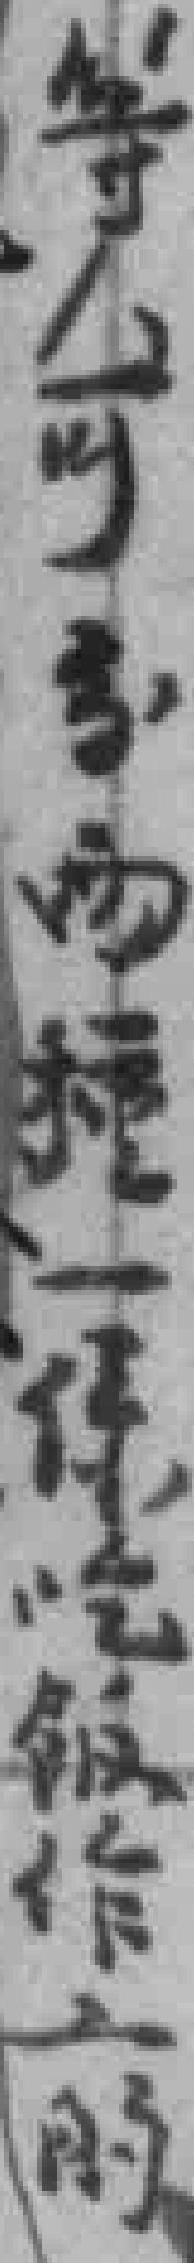
等人可分两種一係吃飯作工的